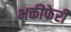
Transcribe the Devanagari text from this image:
भक्तीफेरी